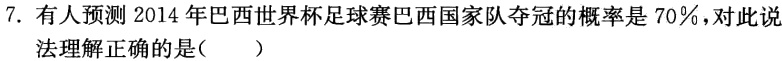
7. 有人预测 2014 年巴西世界杯足球赛巴西国家队夺冠的概率是 70%，对此说
法理解正确的是（  ）